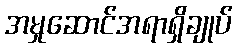
အမှုဆောင်အရာရှိချုပ်